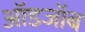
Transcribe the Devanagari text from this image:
ऑडजॉब